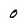
Character: 0